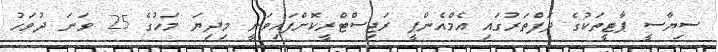
ސިޔާސީ ޕާޓީތަކުގެ ދަފްތަރުގައި އެމްއެންޕީ ރަޖިސްޓްރީކޮށްފައިވަނީ މިދިޔަ މަހުގެ 25 ވަނަ ދުވަހު